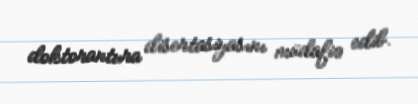
doktorantura disertasiyasını müdafiə edib.